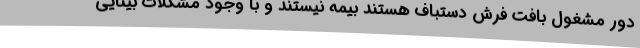
دور مشغول بافت فرش دستباف هستند بیمه نیستند و با وجود مشکلات بینایی